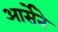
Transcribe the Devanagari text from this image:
आर्सेने